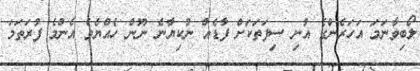
ލޯބިވާނަމަ އަހަރެންގެ އުނި ސިފަތަކަށް ފާޑެއް ނުކިޔާނެ ނޫން ހެއްޔެވެ އެންމެ ފުރަތަމަ